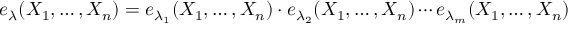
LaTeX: e _ { \lambda } ( X _ { 1 } , \dots , X _ { n } ) = e _ { \lambda _ { 1 } } ( X _ { 1 } , \dots , X _ { n } ) \cdot e _ { \lambda _ { 2 } } ( X _ { 1 } , \dots , X _ { n } ) \cdots e _ { \lambda _ { m } } ( X _ { 1 } , \dots , X _ { n } )